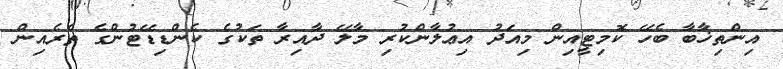
އިންތިޚާބާ ބެހޭ ކޮމިޓީއިން މިއަދު އިޢުލާންކުރި މާލޭ ދާއިރާ ތަކުގެ ކެންޑިޑޭޓުންގެ ތެރެއިން